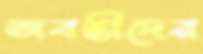
অবন্তীদের